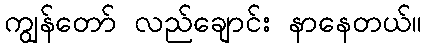
ကျွန်တော် လည်ချောင်း နာနေတယ်။